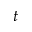
t